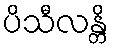
ပိသီလန္တိ